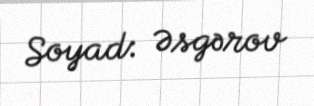
Soyad: Əsgərov